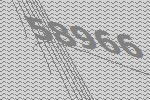
58966